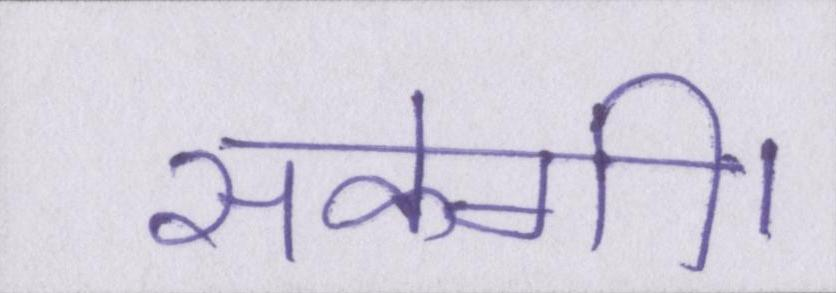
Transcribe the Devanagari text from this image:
सकेगी।